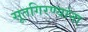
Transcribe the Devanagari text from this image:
सूतगिरण्यांना